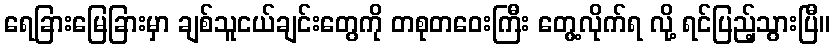
ရေခြားမြေခြားမှာ ချစ်သူငယ်ချင်းတွေကို တစုတဝေးကြီး တွေ့လိုက်ရ လို့ ရင်ပြည့်သွားပြီ။